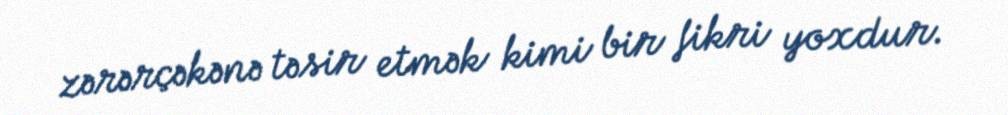
zərərçəkənə təsir etmək kimi bir fikri yoxdur.